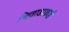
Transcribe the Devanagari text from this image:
भिताडाकडं